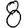
Digit: 8